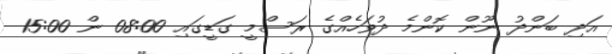
އަދި ބަންދު ނޫން ކޮންމެ ދުވަހެއްގެ ރަސްމީ ގަޑީގައި 08:00 ން 15:00